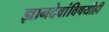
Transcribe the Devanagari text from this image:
ज्ञानदेवांविषयीही